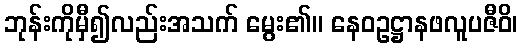
ဘုန်းကိုမှီ၍လည်းအသက် မွေး၏။ နေဝဥဋ္ဌာနဖလူပဇီဝိ၊